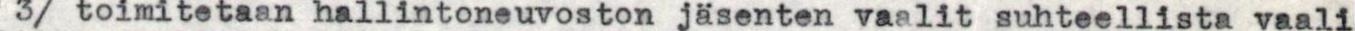
3/ toimitetaan hallintoneuvoston jäsenten vaalit suhteellista vaali